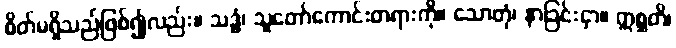
စိတ်မရှိသည်ဖြစ်၍လည်း။ သဒ္ဓံ၊ သူတော်ကောင်းတရားကို။ သောတုံ၊ နာခြင်းငှာ။ ဣစ္ဆတိ၊